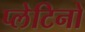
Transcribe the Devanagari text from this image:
प्लेटिनो